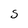
Character: S